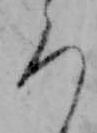
ろ